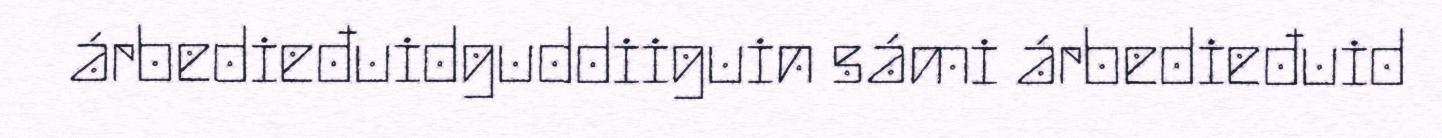
árbedieđuidguddiiguin sámi árbedieđuid